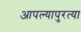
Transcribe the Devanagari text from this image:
आपल्यापुरत्या